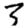
Digit: 3